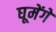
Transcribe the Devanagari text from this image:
घूमेंगे